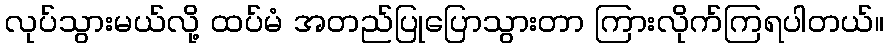
လုပ်သွားမယ်လို့ ထပ်မံ အတည်ပြုပြောသွားတာ ကြားလိုက်ကြရပါတယ်။